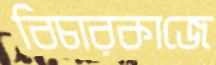
বিচারকাজে